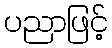
ပညာဖြင့်